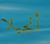
أنجيلا